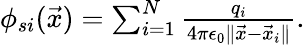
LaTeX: \begin{array}{r}{\phi_{si}(\vec{x})=\sum_{i=1}^{N}\frac{q_{i}}{4\pi\epsilon_{0}\| \vec{x}-\vec{x}_{i}\| }.}\end{array}